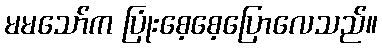
မမသော်က ပြုံးစေ့စေ့ပြောလေသည်။